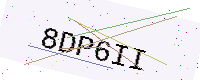
Text: 8DP6II